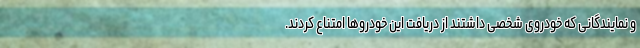
و نمایندگانی که خودروی شخصی داشتند از دریافت این خودروها امتناع کردند.